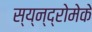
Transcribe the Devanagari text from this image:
स्य्न्द्रोमेके